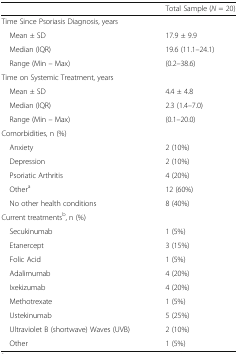
<table><thead><tr><td></td><td><b>Total Sample (<i>N</i> = 20)</b></td></tr></thead><tbody><tr><td colspan="2">Time Since Psoriasis Diagnosis, years</td></tr><tr><td> Mean ± SD</td><td>17.9 ± 9.9</td></tr><tr><td> Median (IQR)</td><td>19.6 (11.1–24.1)</td></tr><tr><td> Range (Min – Max)</td><td>(0.2–38.6)</td></tr><tr><td colspan="2">Time on Systemic Treatment, years</td></tr><tr><td> Mean ± SD</td><td>4.4 ± 4.8</td></tr><tr><td> Median (IQR)</td><td>2.3 (1.4–7.0)</td></tr><tr><td> Range (Min – Max)</td><td>(0.1–20.0)</td></tr><tr><td colspan="2">Comorbidities, n (%)</td></tr><tr><td> Anxiety</td><td>2 (10%)</td></tr><tr><td> Depression</td><td>2 (10%)</td></tr><tr><td> Psoriatic Arthritis</td><td>4 (20%)</td></tr><tr><td> Other<sup>a</sup></td><td>12 (60%)</td></tr><tr><td> No other health conditions</td><td>8 (40%)</td></tr><tr><td colspan="2">Current treatments<sup>b</sup>, n (%)</td></tr><tr><td> Secukinumab</td><td>1 (5%)</td></tr><tr><td> Etanercept</td><td>3 (15%)</td></tr><tr><td> Folic Acid</td><td>1 (5%)</td></tr><tr><td> Adalimumab</td><td>4 (20%)</td></tr><tr><td> Ixekizumab</td><td>4 (20%)</td></tr><tr><td> Methotrexate</td><td>1 (5%)</td></tr><tr><td> Ustekinumab</td><td>5 (25%)</td></tr><tr><td> Ultraviolet B (shortwave) Waves (UVB)</td><td>2 (10%)</td></tr><tr><td> Other</td><td>1 (5%)</td></tr></tbody></table>